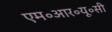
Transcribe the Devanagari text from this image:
एम॰आर॰यू॰सी